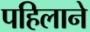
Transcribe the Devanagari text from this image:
पहिलाने